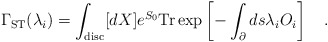
\begin{align*}\Gamma_{\rm ST} (\lambda_i) = \int_{\rm disc} [dX] e^{S_0} {\rm Tr} \exp \left [ - \int_{\partial} ds \lambda_i O_i \right ] \quad .\end{align*}